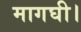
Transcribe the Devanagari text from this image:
मागघी।